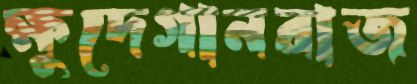
ক্ষুদেগানরাজ